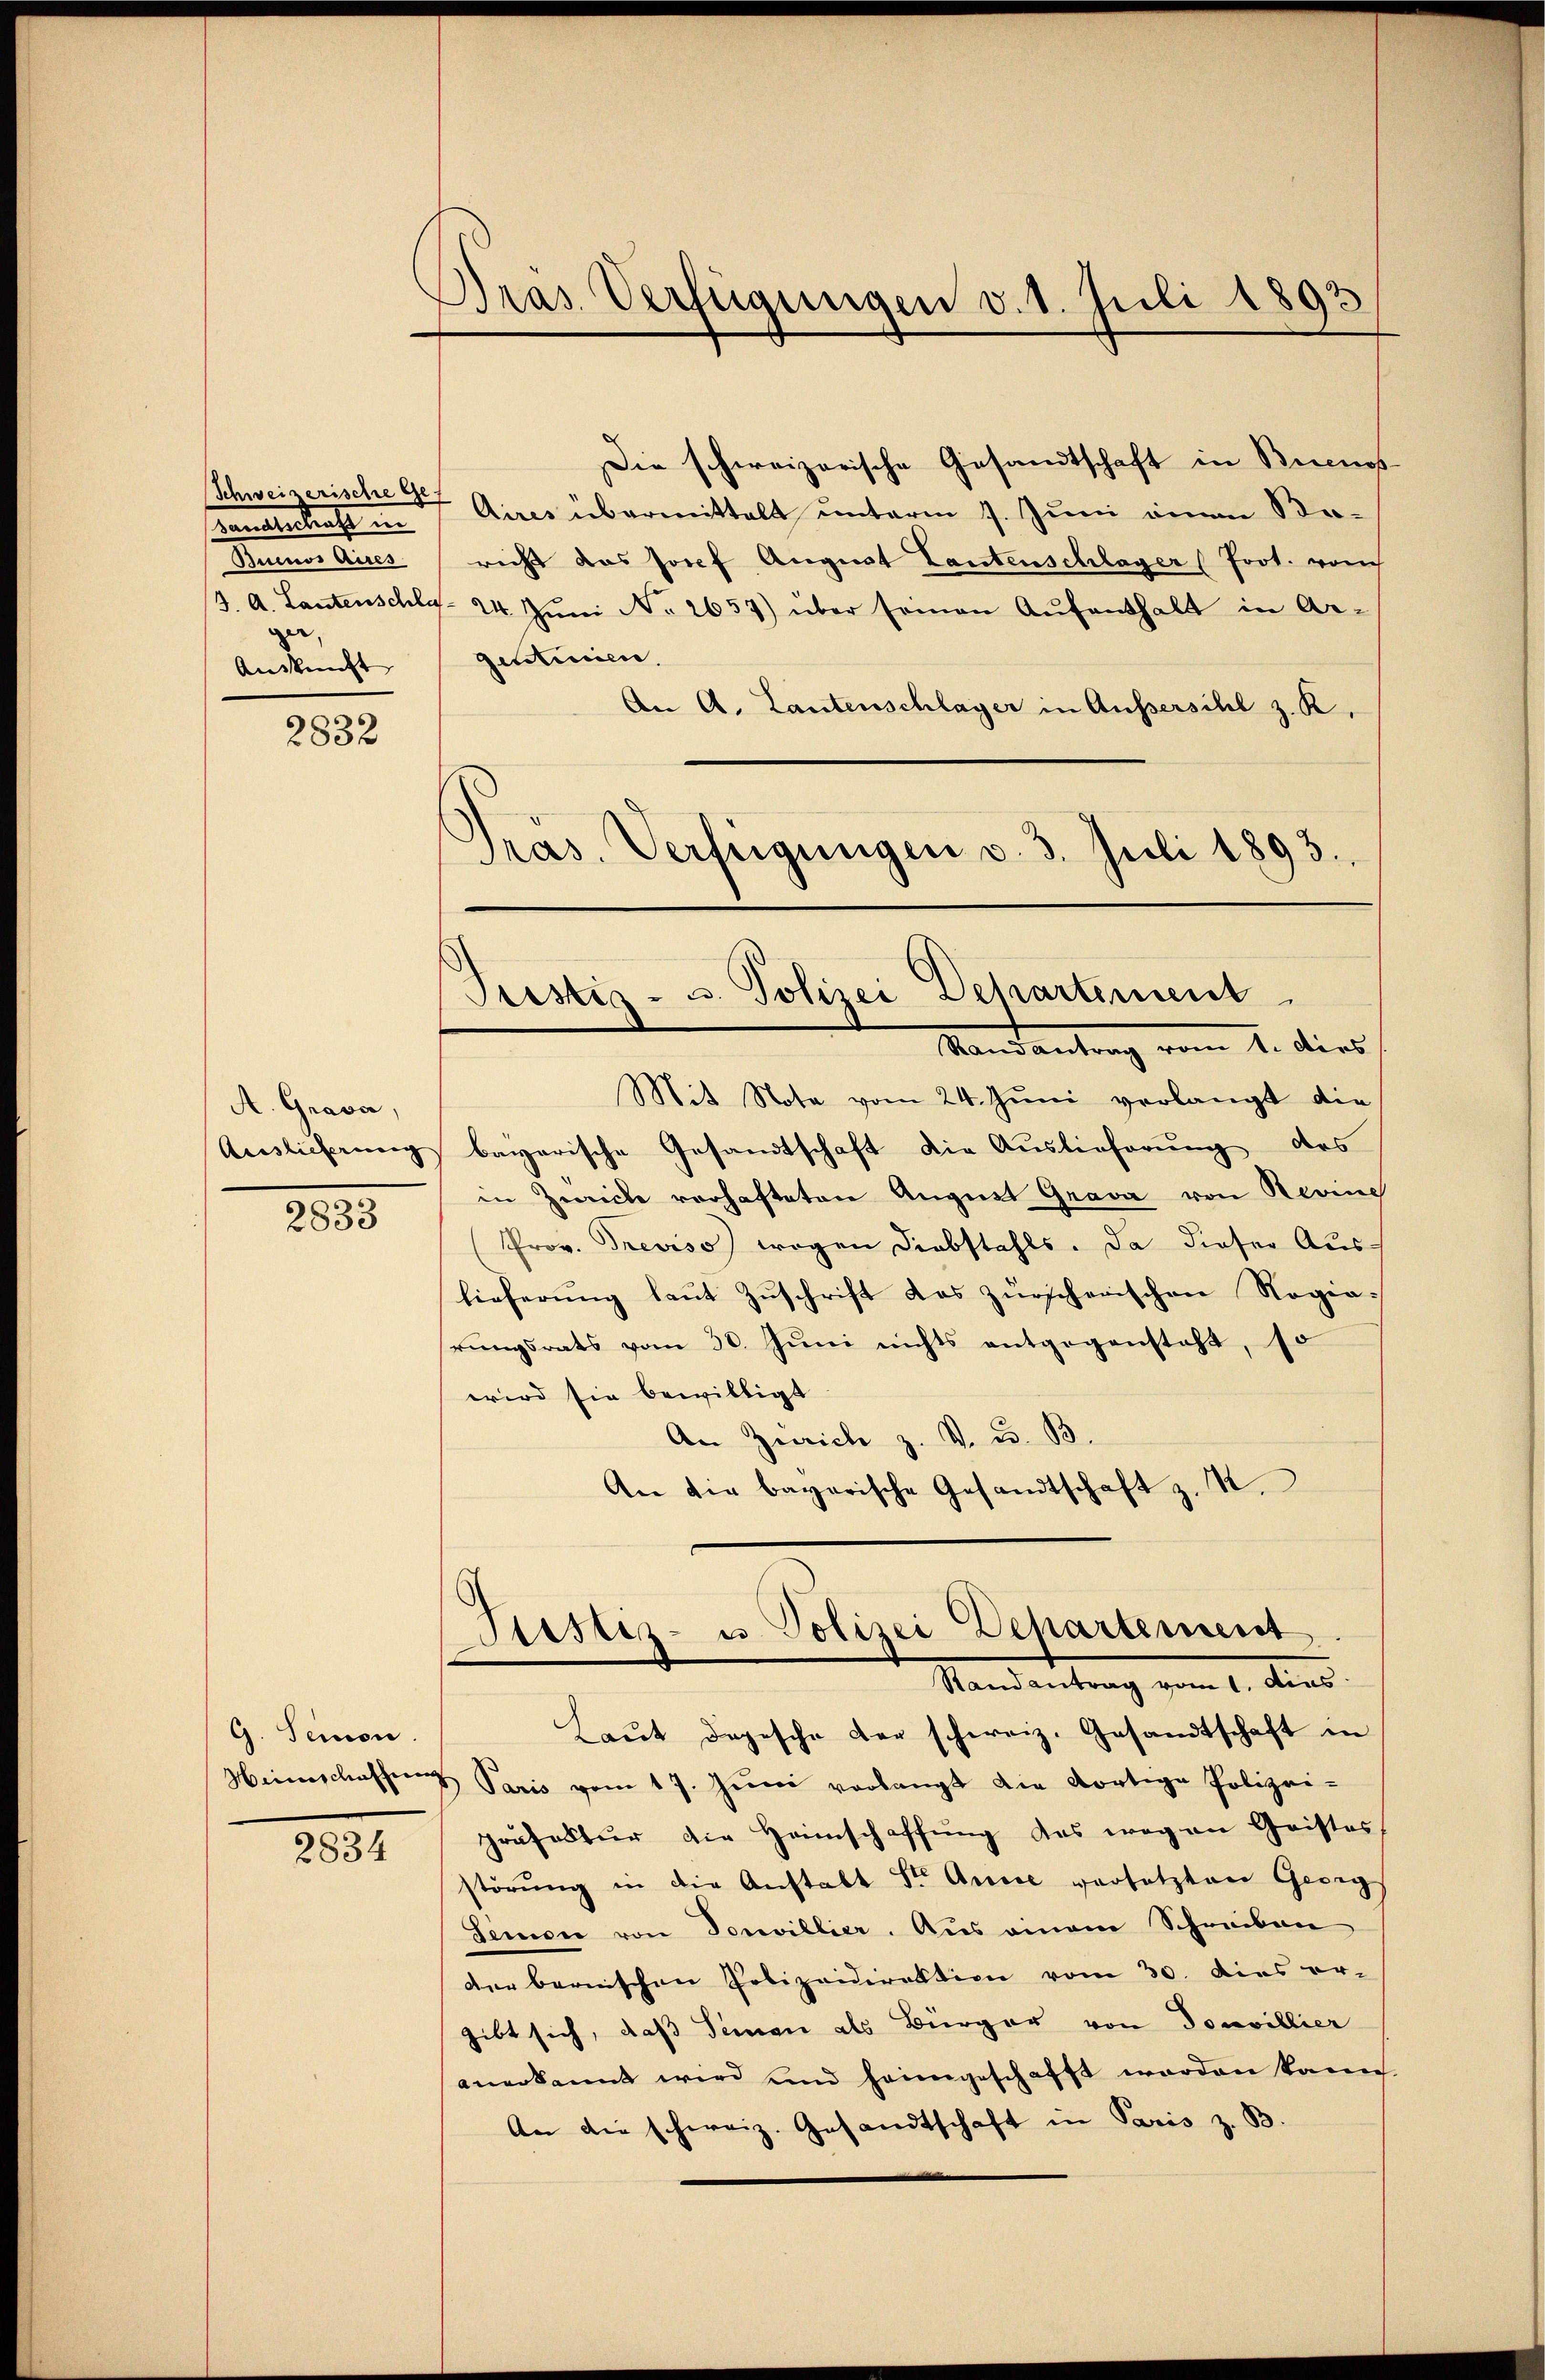
Schweizerische Gesandterbrecht in
Meines Aires
e,
Auskunft

Gras Verfügungen v. 1. Juli 1893

2832

A. Grava,
Auslieferung

2833

G. Seinen.

2834

Die schweizerische Gesandtschaft in Buenos
Aires übermittelt unterm 7. Juni einen Soricht das Josef August Lautenschlager (Prot. vom
(3. A. Lantenschly- 24. Jŭni No 2657) über seinen Aŭfenthalt in Ar-
gentinien
An A. Lautenschlager in Aussersihl z. R.
Pras. Verfügungen v. 3. Juli 1893.

Prestiz- u. Polizei Departement
Randantrag vom 1. dies

Mit Nota vom 24. Juni verlangt die
bayerische Gesandtschaft die Auslieferung des
in Zwicke vorhafteten August Grava von Revine
(Prov. Treviso) wogen Diebstahls. Da dieser Auslieferung laut Zuschrift das zurscherischen Regie-
rungsrats vom 30. Juni nichts entgegensteht, so
wird sie bewilligt
An Zürich z. v. u. B.
An die bayerische Gesandtschaft z. M.
Justiz- u. Polizei Departement
Randantrag vom 1. dies
Laŭt dopesche der schweiz. Gesandtschaft in
Heimschaffen Paris vom 17. Jŭni verlangt die dortige Polizei-
präfectur die Heimschaffung des wegen Geistes
störŭng in die Anstalt Sr. Annie versetzten Georg
Semon von Sonvillier. Aus einem Schreiben
der bernischen Polizeidirektion vom 30. dies er-
gibt sich, daß Jeman als Bürger von Douvillier
anerkannt wird und heimgeschafft worden kann.
An die schweiz. Gesandtschaft in Paris z. B.